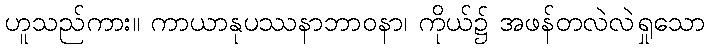
ဟူသည်ကား။ ကာယာနုပဿနာဘာဝနာ၊ ကိုယ်၌ အဖန်တလဲလဲရှုသော